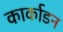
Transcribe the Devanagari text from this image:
कार्काडन